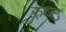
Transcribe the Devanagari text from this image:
रुष्ठ